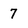
Character: 7